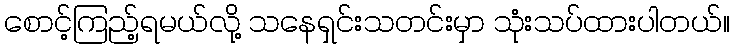
စောင့်ကြည့်ရမယ်လို့ သနေရှင်းသတင်းမှာ သုံးသပ်ထားပါတယ်။